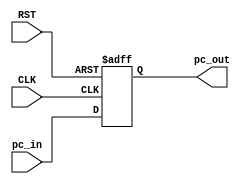
module ProgramCounter
(
	input CLK,RST,
	input [63:0] pc_in,
	output reg [63:0] pc_out
);

initial pc_out = 64'd0;

always @(posedge CLK or posedge RST)
begin
	if(RST) pc_out = 64'd0;
	else pc_out = pc_in;
end

endmodule